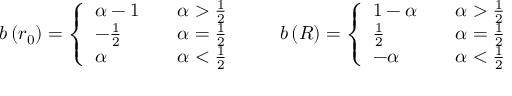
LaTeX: b \left( r _ { 0 } \right) = \left\{ \begin{array} { l l } { { \alpha - 1 } } & { { \quad \alpha > \frac { 1 } { 2 } } } \\ { { - \frac { 1 } { 2 } } } & { { \quad \alpha = \frac { 1 } { 2 } } } \\ { { \alpha } } & { { \quad \alpha < \frac { 1 } { 2 } } } \end{array} \right. \qquad b \left( R \right) = \left\{ \begin{array} { l l } { { 1 - \alpha } } & { { \quad \alpha > \frac { 1 } { 2 } } } \\ { { \frac { 1 } { 2 } } } & { { \quad \alpha = \frac { 1 } { 2 } } } \\ { { - \alpha } } & { { \quad \alpha < \frac { 1 } { 2 } } } \end{array} \right.